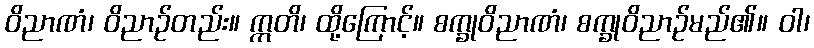
ဝိညာဏံ၊ ဝိညာဉ်တည်း။ ဣတိ၊ ထို့ကြောင့်။ စက္ခုဝိညာဏံ၊ စက္ခုဝိညာဉ်မည်၏။ ဝါ၊